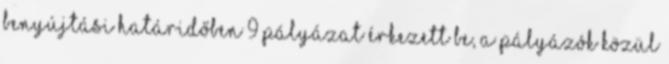
benyújtási határidőben 9 pályázat érkezett be, a pályázók közül